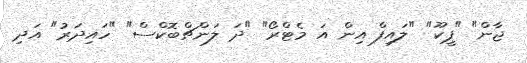
ޖާން" "ޕީކޫ" "ލައިފް އިން އަ މެޓްރޯ" "ދަ ލަންޗްބޮކްސް" "ހައިދަރު" އަދި